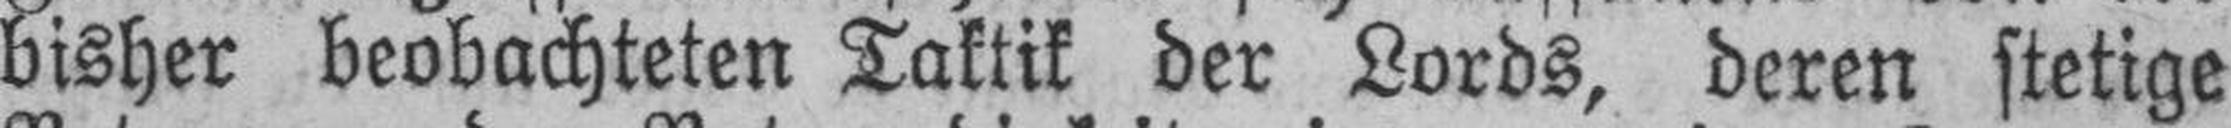
bisher beobachteten Taktik der Lords, deren stetige